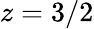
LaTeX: z=3/2